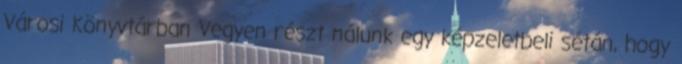
Városi Könyvtárban Vegyen részt nálunk egy képzeletbeli sétán, hogy